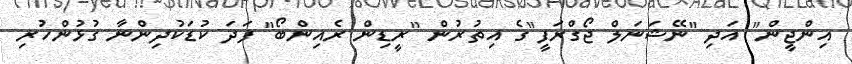
އިންޖީން" އަދި "ނޭޝަނަލް ޖޯގްރަފީ"ގެ އިތުރުން "ރީޑިން ރެއިންބޯ" ފަދަ ކުޑަކުދިންނާ ގުޅުންހުރި